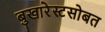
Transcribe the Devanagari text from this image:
बुखारेस्टसोबत